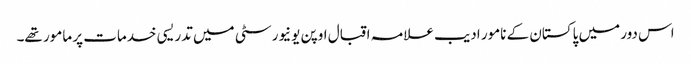
اس دور میں پاکستان کے نامور ادیب علامہ اقبال اوپن یونیورسٹی میں تدریسی خدمات پر مامور تھے۔